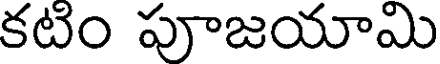
కటిం పూజయామి